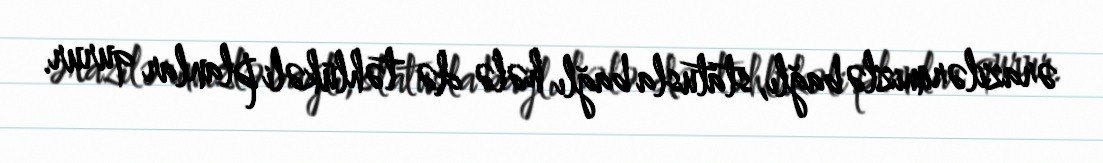
ərazilərimizlə bağlı, statusla bağlı hələ də təhlükəli planlar qurur.